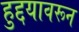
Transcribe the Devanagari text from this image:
हुद्दयावरून